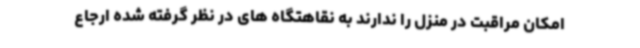
امکان مراقبت در منزل را ندارند به نقاهتگاه های در نظر گرفته شده ارجاع